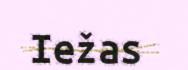
Iežas